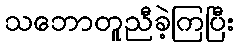
သဘောတူညီခဲ့ကြပြီး